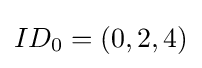
ID_{0}=(0,2,4)